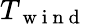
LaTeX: T_{\mathrm{~w~i~n~d~}}